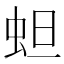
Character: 䖧